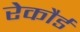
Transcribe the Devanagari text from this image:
रेकौर्ड